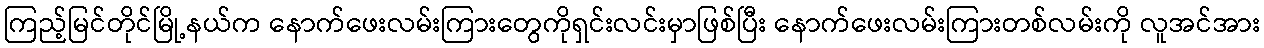
ကြည့်မြင်တိုင်မြို့နယ်က နောက်ဖေးလမ်းကြားတွေကိုရှင်းလင်းမှာဖြစ်ပြီး နောက်ဖေးလမ်းကြားတစ်လမ်းကို လူအင်အား